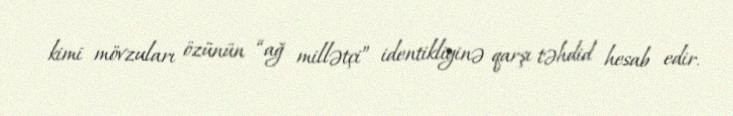
kimi mövzuları özünün “ağ millətçi” identikliyinə qarşı təhdid hesab edir.